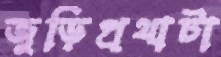
জুড়িপ্রথাটা